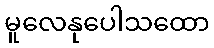
မူလေနုပေါသထော